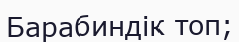
Барабиндік топ;